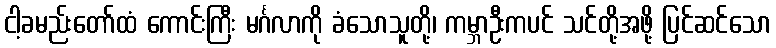
ငါ့ခမည်းတော်ထံ ကောင်းကြီး မင်္ဂလာကို ခံသောသူတို့၊ ကမ္ဘာဦးကပင် သင်တို့အဖို့ ပြင်ဆင်သော